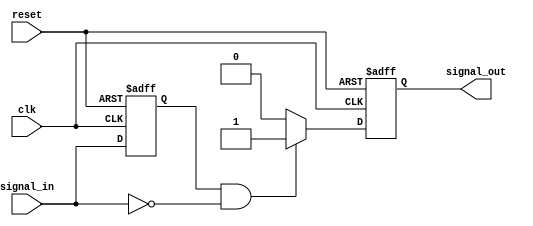
module negative_edge_detector (
    input wire clk,           // Clock signal
    input wire reset,         // Asynchronous reset
    input wire signal_in,     // Input signal to monitor
    output reg signal_out     // Output signal indicating negative edge detection
);

    reg signal_in_prev;       // Register for storing previous state of signal_in

    // Sequential logic for state update
    always @(posedge clk or posedge reset) begin
        if (reset) begin
            signal_in_prev <= 1'b0; // Initialize previous state to low on reset
            signal_out <= 1'b0;     // Initialize output to low on reset
        end else begin
            // Capture the current state of signal_in
            // (current_state is implied by the signal_in value)
            // Output logic based on edge detection
            if (signal_in_prev == 1'b1 && signal_in == 1'b0) begin
                signal_out <= 1'b1; // Negative edge detected, pulse signal_out high
            end else begin
                signal_out <= 1'b0; // No negative edge; reset output
            end
            
            // Update the previous state
            signal_in_prev <= signal_in; // Store current state for the next clock cycle
        end
    end

endmodule